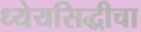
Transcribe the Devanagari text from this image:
ध्येयसिद्धीचा